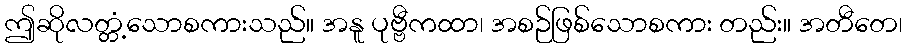
ဤဆိုလတ္တံ့သောစကားသည်။ အနူ ပုဗ္ဗီကထာ၊ အစဉ်ဖြစ်သောစကား တည်း။ အတီတေ၊